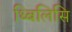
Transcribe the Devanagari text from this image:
थ्बिलिसि